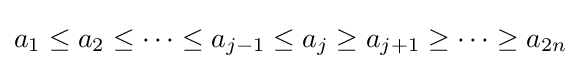
a_{1}\leq a_{2}\leq \dots \leq a_{j-1}\leq a_{j}\geq a_{j+1}\geq \dots \geq a_{2n}